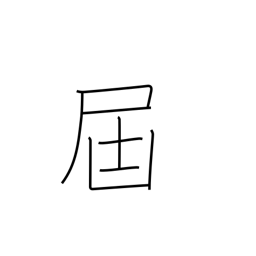
Meaning: forward